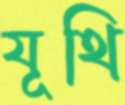
যূথি